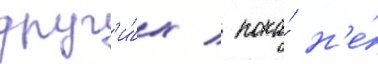
друг'и́х / пока́ н'е́